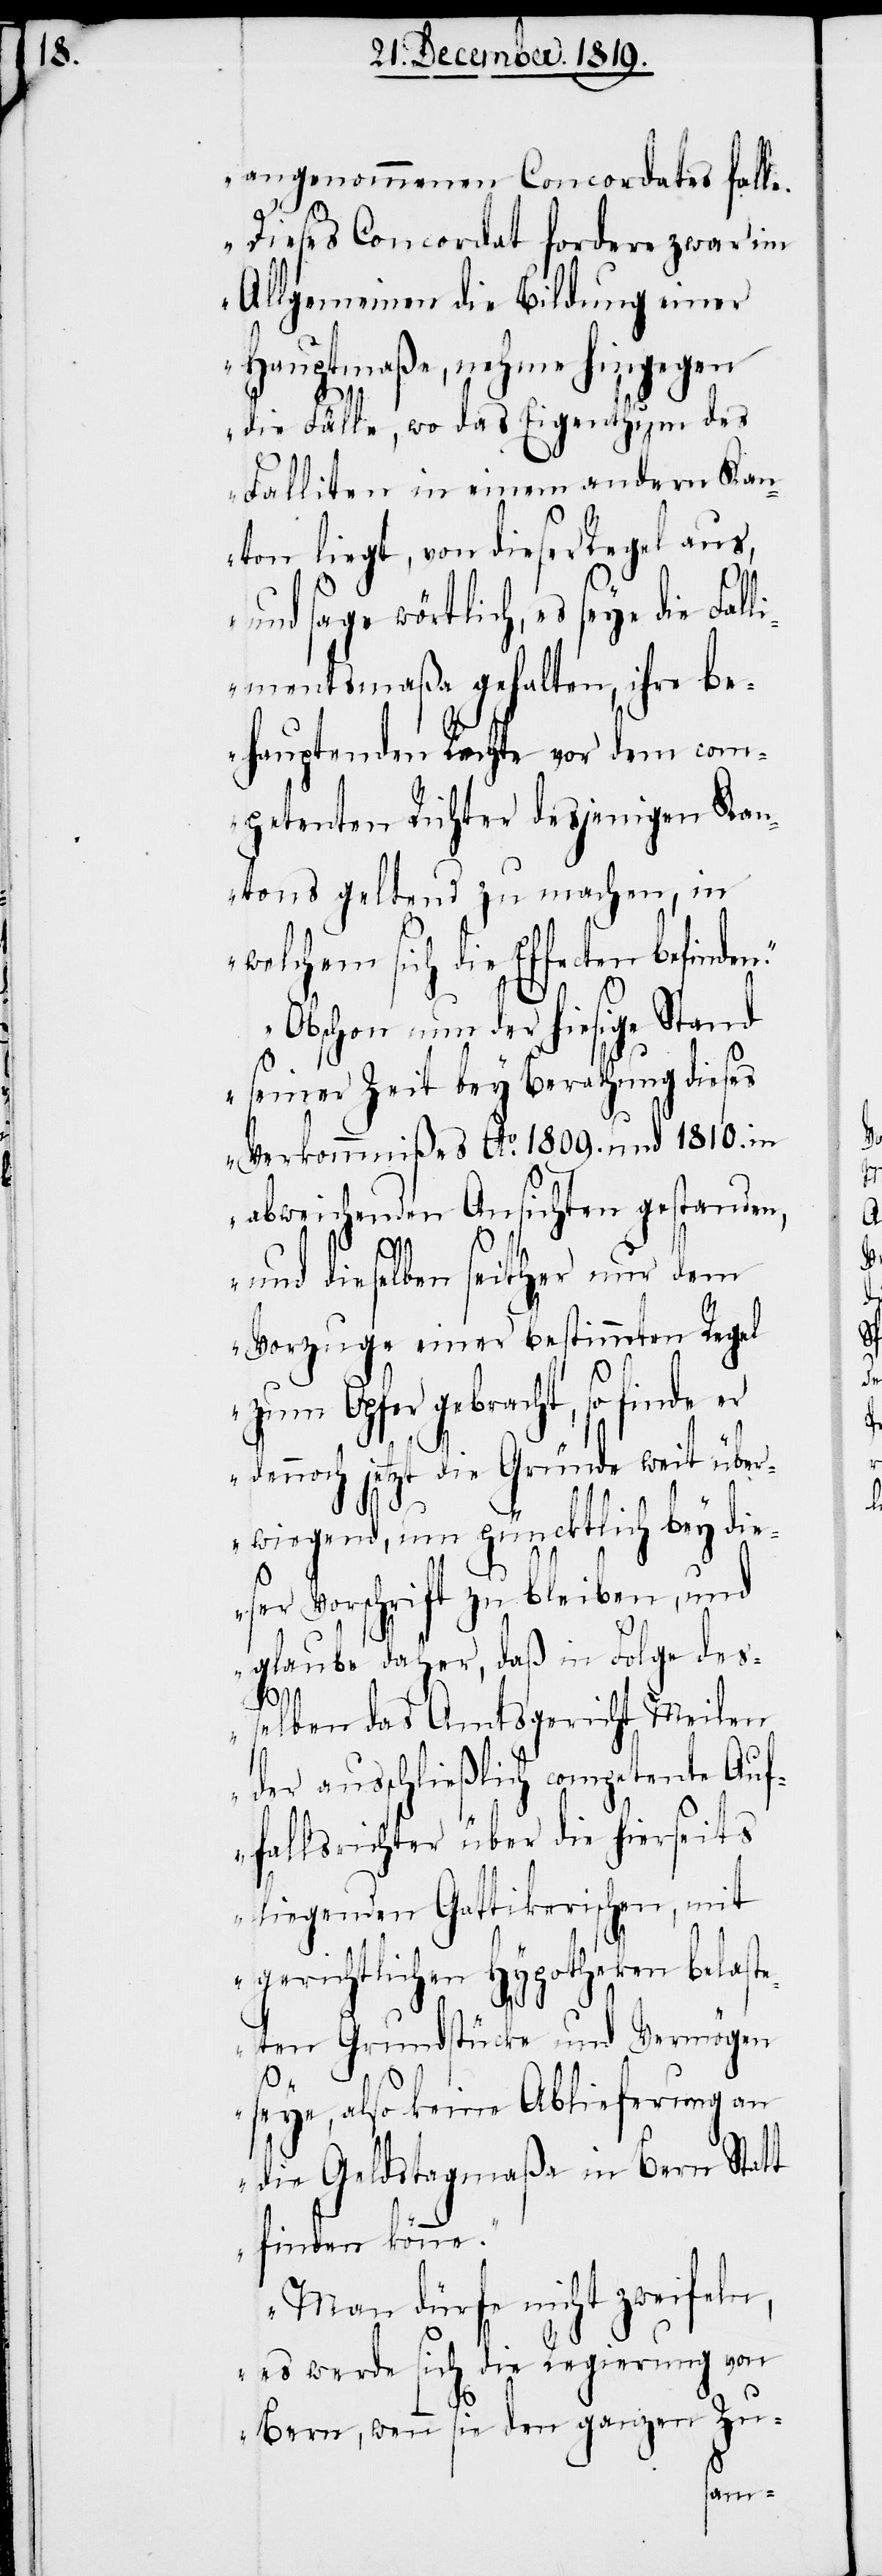
angenommenen Concordates falle.
w¬
Dieses Concordat fordere zwar im
Allgemeinen die Bildung einer
Hauptmaße, nehme hingegen
Falliten in einem andern Kan¬
ton liegt, von dieser Regel aus,
und sage wörtlich, es seye die Fal¬
limentsmaßa gehalten, ihre be¬
hauptenden Rechte vor dem com¬
petenten Richter desjenigen Kan¬
tons geltend zu machen, in
elchem sich die Effecten
Obschon nun der hiesige Stand
seiner Zeit bey Berathung dieses
Verkommnißes Ao. 1809. und 1810. in
abweichenden Ansichten gestanden,
Fä¬
und dieselben seither nur dem
Vorzuge einer bestimmten Regel
zum Opfer gebracht, so finde
dennoch jetzt die Gründe weit über¬
wiegend, um püncktlich bey die¬
ser Vorschrift zu bleiben, und
glaube daher, daß in Folge des¬
selben das Amtsgericht Meilen
der ausschließlich competente Auf¬
fallsrichter über die hierseits
liegenden Gattikerischen, mit
gerichtlichen Hypotheken belaste¬
ten Grundstücke und Vermögen
seye, also keine Ablieferung an
die Geldstagmaßa in Bern Statt
finden könne.
Man dürfe nicht zweifeln,
es werde sich die Regierung von
Bern, wenn sie den ganzen Zu-